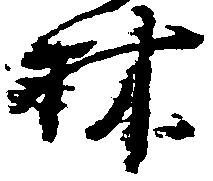
林